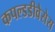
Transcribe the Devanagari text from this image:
कपल्डडीवैसेस